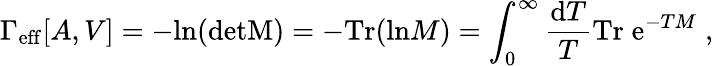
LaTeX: \Gamma_{\mathrm{eff}}[A,V]=-\mathrm{ln}(\mathrm{detM})=-\mathrm{Tr}(\mathrm{ln}M)=\int_{0}^{\infty}{\frac{\mathrm{d}T}{T}}\mathrm{Tr}\; \mathrm{e}^{-TM}\; ,